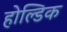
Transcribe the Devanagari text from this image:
होल्डिक